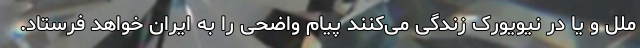
ملل و یا در نیویورک زندگی می‌کنند پیام واضحی را به ایران خواهد فرستاد.